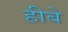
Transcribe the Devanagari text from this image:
हीबे